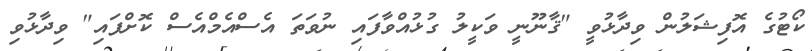
ކޯޓުގެ އޮފިޝަލުން ވިދާޅުވީ "ޤާނޫނީ ވަކީލު ގުޅުއްވާފައި ނުވަތަ އެސްއެމްއެސް ކޮށްފައި" ވިދާޅުވި